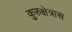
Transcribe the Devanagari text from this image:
कुरुक्षेत्रास